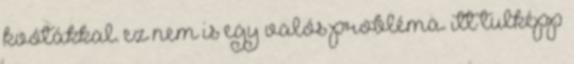
kvótákkal. ez nem is egy valós probléma. itt tulképp